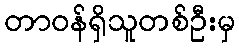
တာဝန်ရှိသူတစ်ဦးမှ